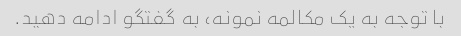
با توجه به یک مکالمه نمونه، به گفتگو ادامه دهید.